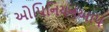
ઓપિનિયનઆપ